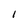
Character: 1